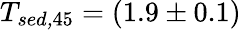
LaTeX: T_{\textit{sed,}45}=(1.9\pm 0.1)